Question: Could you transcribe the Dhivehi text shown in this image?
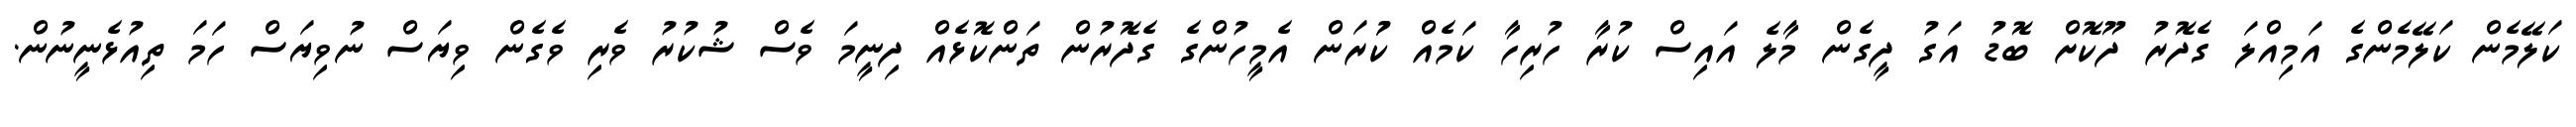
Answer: ކަލޭމެން ކަލޭމެންގެ އަމިއްލަ ގެދޮރު ދޫކޮށް ބޮޑު އަގު ދީގެން މާލެ އައިސް ކުރާ ހުރިހާ ކަމެއް ކުަރަން އެމީހުންގެ ގެދޮރުން ތަންކޮޅެއް ދިނީމަ ވެސް ޝުކުރު ވެރި ވެގެން ވިޔަސް ނުވިޔަސް ހަމަ ތިއުޅެނީނުން.